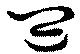
皿